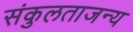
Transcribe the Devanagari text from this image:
संकुलताजन्य